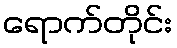
ရောက်တိုင်း